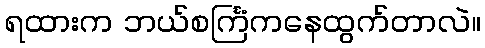
ရထားက ဘယ်စင်္ကြံကနေထွက်တာလဲ။